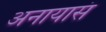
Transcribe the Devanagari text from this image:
अनायासं